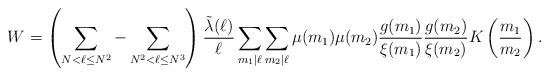
LaTeX: \begin{align*} W=\left(\sum_{N<\ell\le N^2}-\sum_{N^2<\ell\le N^3}\right)\frac{\tilde\lambda(\ell)}{\ell}\sum_{m_1\mid\ell}\sum_{m_2\mid\ell}\mu(m_1)\mu(m_2)\frac{g(m_1)}{\xi(m_1)}\frac{g(m_2)}{\xi(m_2)}K\left(\frac{m_1}{m_2}\right).\end{align*}